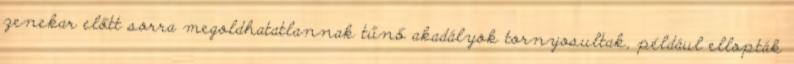
zenekar előtt sorra megoldhatatlannak tűnő akadályok tornyosultak, például ellopták